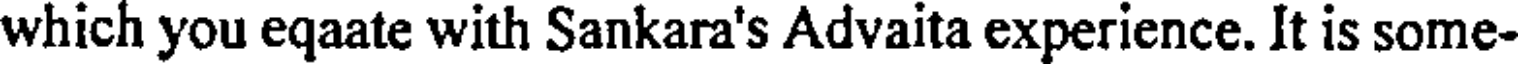
which you eqaate with Sankara's Advaita experience. It is some-